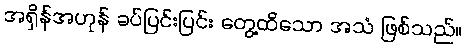
အရှိန်အဟုန် ခပ်ပြင်းပြင်း တွေ့ထိသော အသံ ဖြစ်သည်။